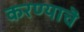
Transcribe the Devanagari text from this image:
करण्याचॆ